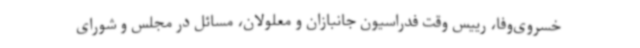
خسروی‌وفا، رییس وقت فدراسیون جانبازان و معلولان، مسائل در مجلس و شورای